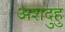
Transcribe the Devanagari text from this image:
अशदुहु